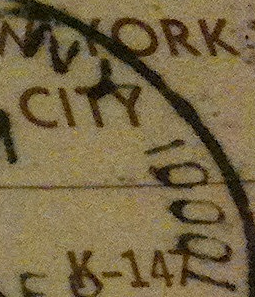
NY 10001